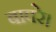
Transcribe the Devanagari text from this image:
बावरे।